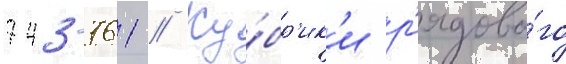
743-761 // Ку́бр'ик'и р'ядово́го